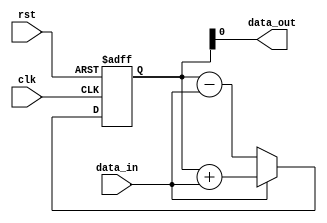
module accumulator (
    input wire clk,           // Clock input
    input wire rst,           // Reset input
    input wire data_in,       // Input data
    output wire data_out      // Accumulated sum output
);

reg [15:0] accumulator_value;  // 16-bit accumulator value

always @(posedge clk or posedge rst) begin
    if (rst) begin
        accumulator_value <= 16'b0;  // Reset accumulator value
    end else begin
        // Perform addition or subtraction based on input data
        if (data_in) begin
            accumulator_value <= accumulator_value + data_in;
        end else begin
            accumulator_value <= accumulator_value - data_in;
        end
    end
end

assign data_out = accumulator_value;  // Output the accumulated sum

endmodule